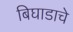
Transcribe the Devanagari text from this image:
बिघाडाचे